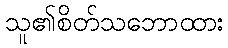
သူ၏စိတ်သဘောထား